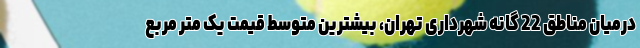
درمیان مناطق 22 گانه شهرداری تهران، بیشترین متوسط قیمت یک متر مربع